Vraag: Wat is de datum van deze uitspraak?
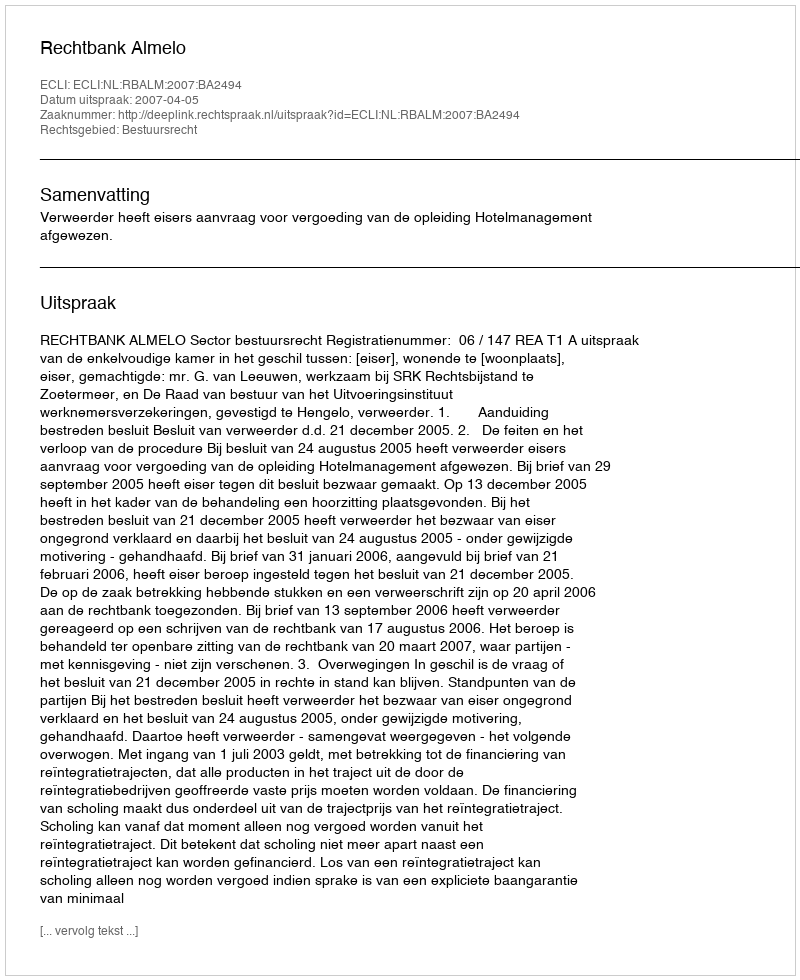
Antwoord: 2007-04-05